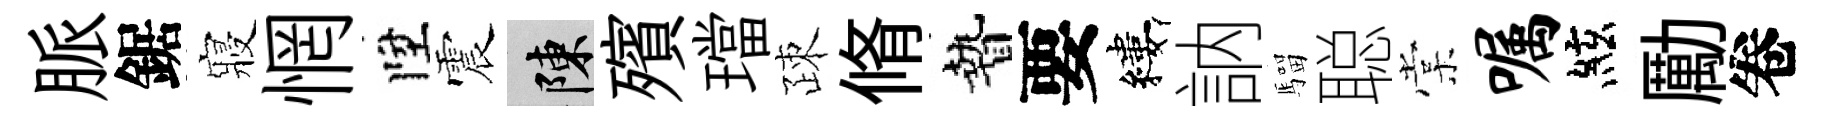
脈鋸寢惘陞震陳殯璫疎脩贄要縷訥騮聪棠嘱絃勵卷